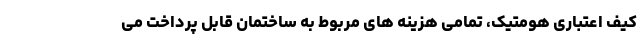
کیف اعتباری هومتیک، تمامی هزینه های مربوط به ساختمان قابل پرداخت می